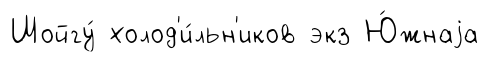
Шойгу́ холод'и́льн'иков экз Ю́жнаjа